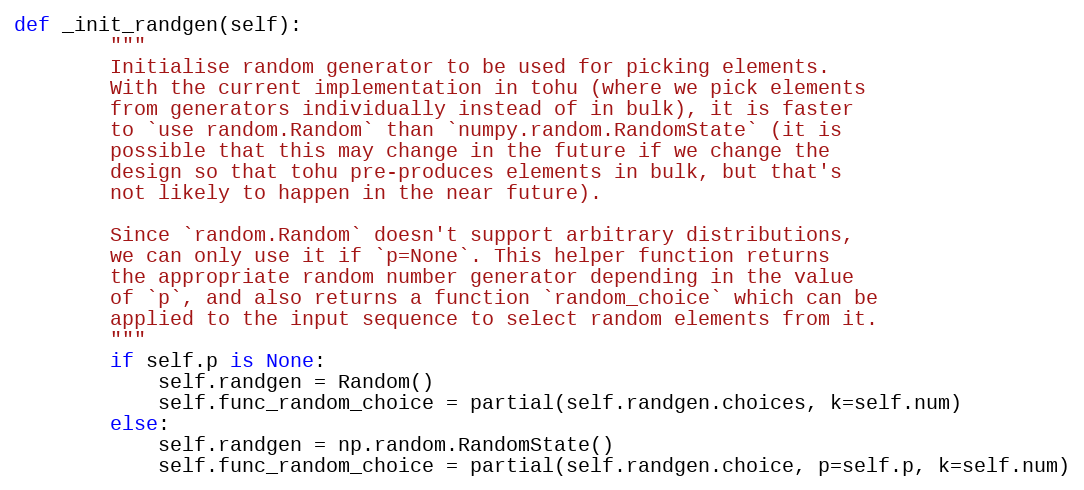
Language: Python
def _init_randgen(self):
        """
        Initialise random generator to be used for picking elements.
        With the current implementation in tohu (where we pick elements
        from generators individually instead of in bulk), it is faster
        to `use random.Random` than `numpy.random.RandomState` (it is
        possible that this may change in the future if we change the
        design so that tohu pre-produces elements in bulk, but that's
        not likely to happen in the near future).

        Since `random.Random` doesn't support arbitrary distributions,
        we can only use it if `p=None`. This helper function returns
        the appropriate random number generator depending in the value
        of `p`, and also returns a function `random_choice` which can be
        applied to the input sequence to select random elements from it.
        """
        if self.p is None:
            self.randgen = Random()
            self.func_random_choice = partial(self.randgen.choices, k=self.num)
        else:
            self.randgen = np.random.RandomState()
            self.func_random_choice = partial(self.randgen.choice, p=self.p, k=self.num)